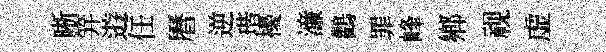
晰笄逰任曆逆瑎擾濓鸛罪峰鄕视虚